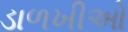
ડાળખીઓ